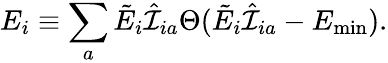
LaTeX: E_{i}\equiv\sum_{a}\tilde{E}_{i}\hat{\cal I}_{ia}\Theta(\tilde{E}_{i}\hat{\cal I}_{ia}-E_{\mathrm{min}}).